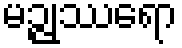
မဉ္ဇုဿရော